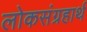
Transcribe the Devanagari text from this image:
लोकसंग्रहार्थ